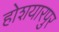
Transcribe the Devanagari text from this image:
होशयारपुर